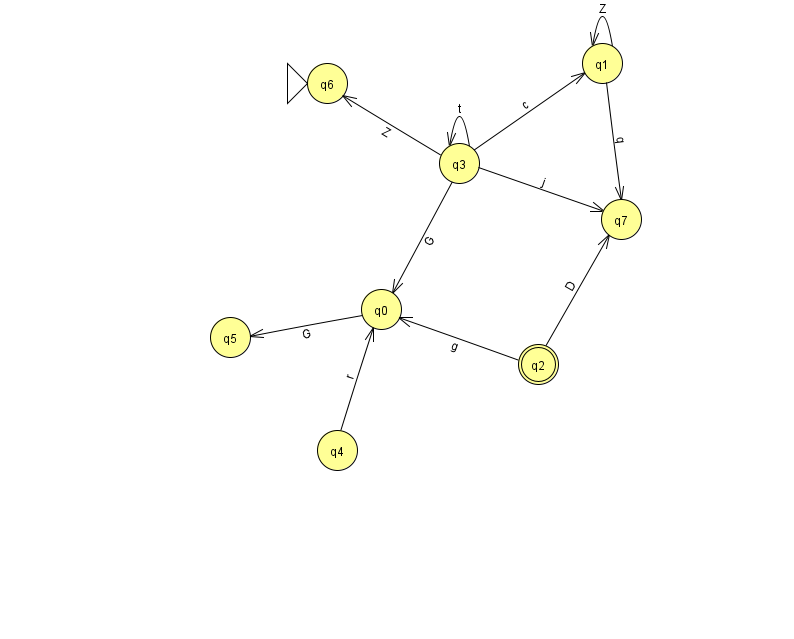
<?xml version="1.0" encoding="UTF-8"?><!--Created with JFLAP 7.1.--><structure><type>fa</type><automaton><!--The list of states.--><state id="0" name="q0"><x>381.0</x><y>296.0</y></state><state id="1" name="q1"><x>602.0</x><y>50.0</y></state><state id="2" name="q2"><x>538.0</x><y>351.0</y><final/></state><state id="3" name="q3"><x>459.0</x><y>150.0</y></state><state id="4" name="q4"><x>337.0</x><y>437.0</y></state><state id="5" name="q5"><x>230.0</x><y>324.0</y></state><state id="6" name="q6"><x>327.0</x><y>70.0</y><initial/></state><state id="7" name="q7"><x>621.0</x><y>206.0</y></state><!--The list of transitions.--><transition><from>2</from><to>7</to><read>D</read></transition><transition><from>4</from><to>0</to><read>r</read></transition><transition><from>3</from><to>7</to><read>j</read></transition><transition><from>3</from><to>3</to><read>t</read></transition><transition><from>2</from><to>0</to><read>g</read></transition><transition><from>3</from><to>1</to><read>c</read></transition><transition><from>3</from><to>6</to><read>Z</read></transition><transition><from>1</from><to>1</to><read>Z</read></transition><transition><from>3</from><to>0</to><read>G</read></transition><transition><from>0</from><to>5</to><read>G</read></transition><transition><from>1</from><to>7</to><read>q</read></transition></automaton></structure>